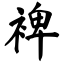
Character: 裨